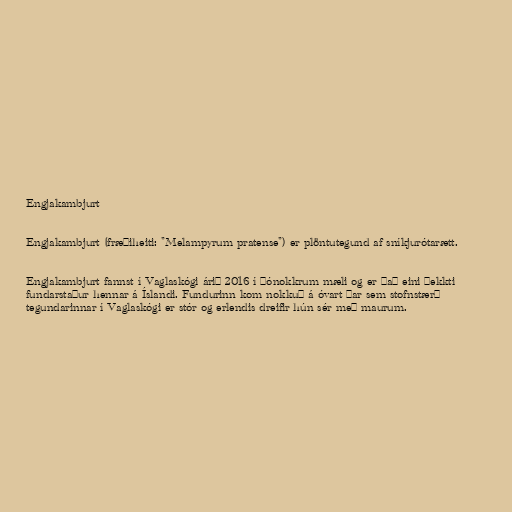
Engjakambjurt

Engjakambjurt (fræðiheiti: "Melampyrum pratense") er plöntutegund af sníkjurótarætt.

Engjakambjurt fannst í Vaglaskógi árið 2016 í þónokkrum mæli og er það eini þekkti
fundarstaður hennar á Íslandi. Fundurinn kom nokkuð á óvart þar sem stofnstærð
tegundarinnar í Vaglaskógi er stór og erlendis dreifir hún sér með maurum.